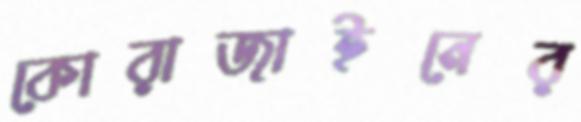
কোরাজাইনের